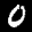
Digit: 0